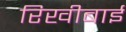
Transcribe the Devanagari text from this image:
रिखीबाई